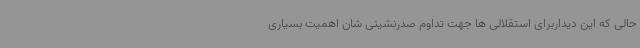
حالی که این دیداربرای استقلالی ها جهت تداوم صدرنشینی شان اهمیت بسیاری